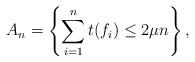
LaTeX: \begin{align*}A_n = \left\{\sum_{i=1}^{n} t(f_i) \leq 2\mu n\right\},\end{align*}